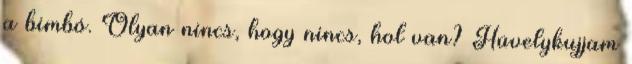
a bimbó. Olyan nincs, hogy nincs, hol van? Hüvelykujjam